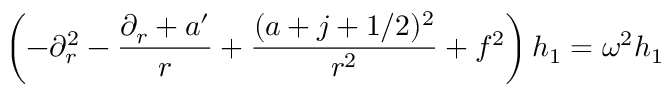
\left( - \partial _ { r } ^ { 2 } - { \frac { \partial _ { r } + a ^ { \prime } } { r } } + { \frac { ( a + j + 1 / 2 ) ^ { 2 } } { r ^ { 2 } } } + f ^ { 2 } \right) h _ { 1 } = \omega ^ { 2 } h _ { 1 }